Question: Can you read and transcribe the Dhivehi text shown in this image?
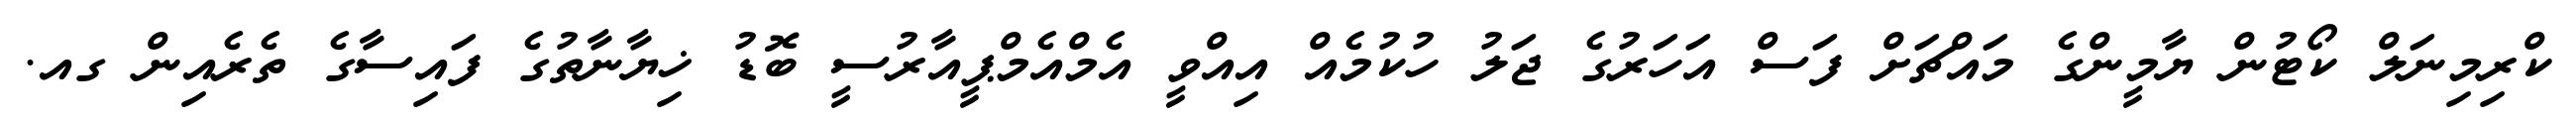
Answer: ކްރިމިނަލް ކޯޓުން ޔާމީންގެ މައްޗަށް ފަސް އަހަރުގެ ޖަލު ހުކުމެއް އިއްވީ އެމްއެމްޕީއާރުސީ ބޮޑު ޚިޔާނާތުގެ ފައިސާގެ ތެރެއިން ގއ.